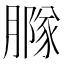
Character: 𦠵